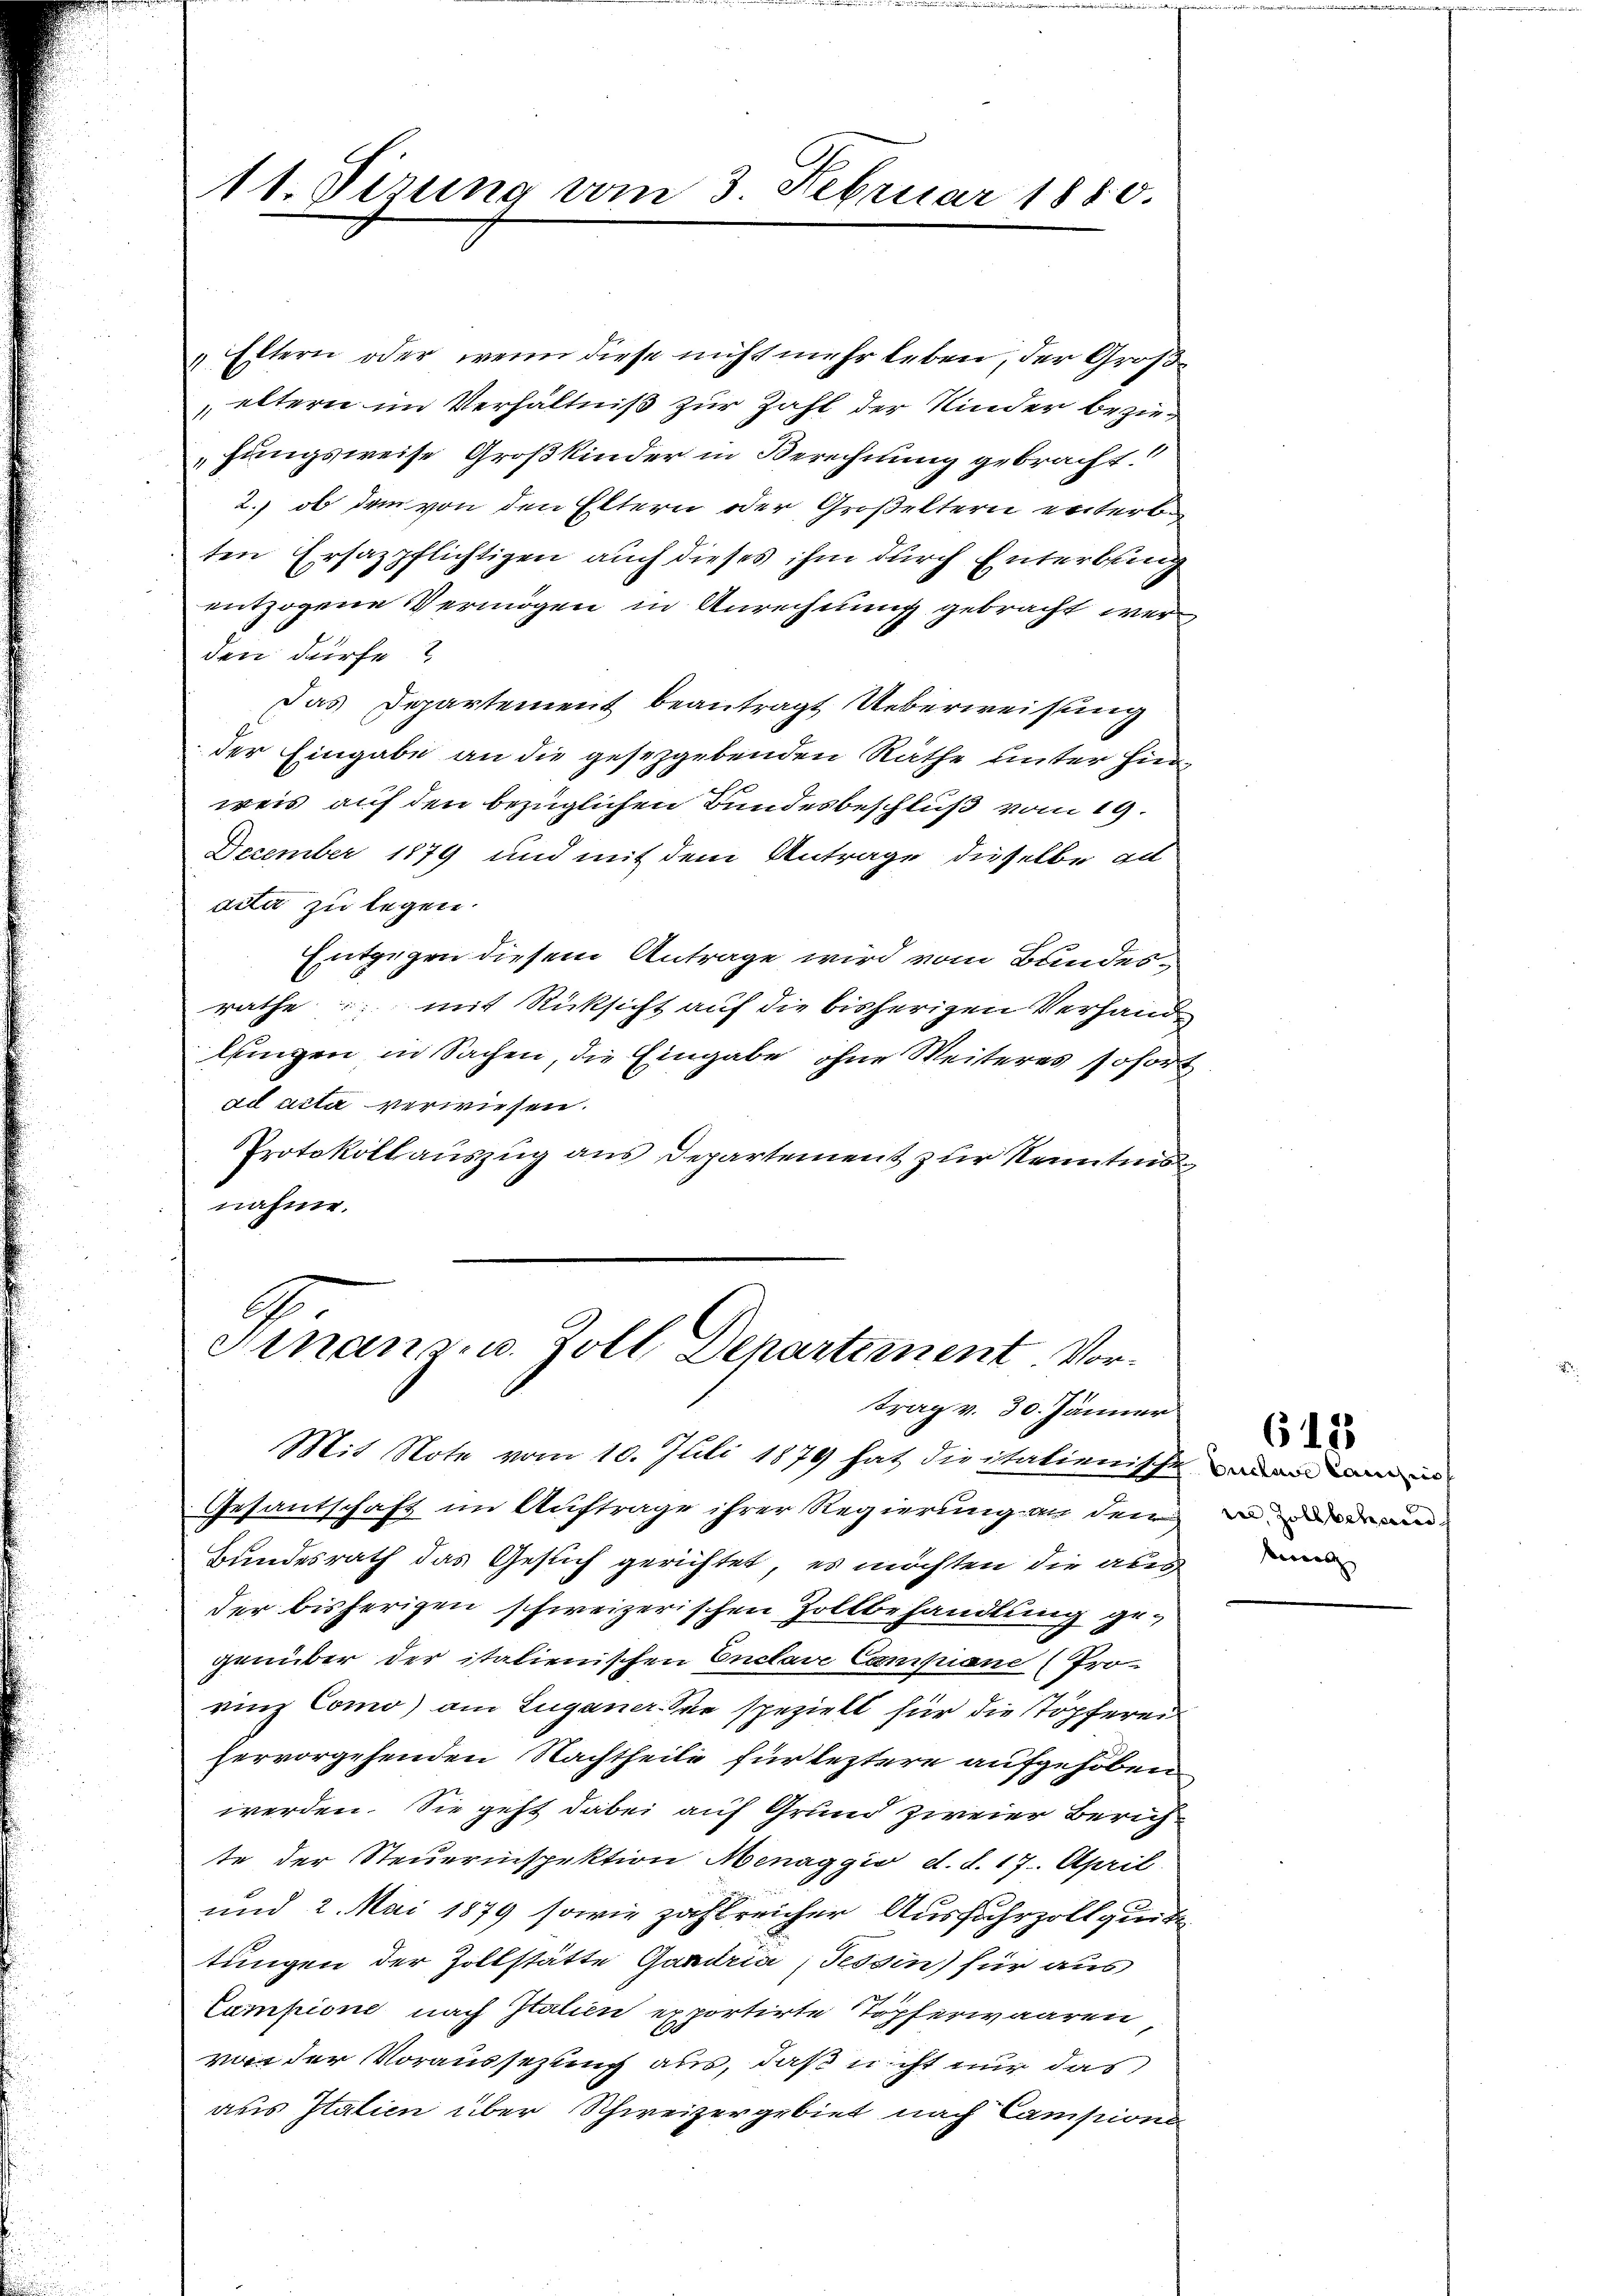
Eltern oder wenn diese nicht mehr leben, der Großeltern im Verhältniß zur Zahl der Kinder beziehungsweise Großkinder in Berechnung gebracht.
2.) ob dem von den Eltern oder Großeltern enterb
ten Ersazpflichtigen auch dieses ihm durch Enterbung
entzogene Vermögen in Anrechnung gebracht werden dürfe?
Das Departement beantragt Ueberweisung
der Eingabe an die gesetzgebenden Räthe unter Hine
weis auf den bezüglichen Bundesbeschluß vom 19.
December 1879 und mit dem Antrage dieselbe ad
acta zu legen.
Entgegen diesem Antrage wird vom Bundesräthe: mit Rücksicht auf die bisherigen Verhandlungen in Sachen, die Eingabe ohne Weiteres sofort
ad acta verwiesen.
Protokollauszug aus Departement zur Kenntma
nahme.

11. Verung vom 3. Februar 1880.

2
Finanzen. Zoll Departement Vortrag v. 30. Jänner

Mit Note vom 10. Juli 1879 hat die italienische
Gesantschaft im Auftrage ihrer Regierung an den
Bundesrath das Gesuch gerichtet, es möchten die aus
der bisherigen schweizerischen Zollbehandlung gegenüber der italienischen Enclave Campiane (Prorinz Como) am Luganer. Sie speziell für die Töpferei
hervorgehenden Nachtheile für leztere aufgehoben
werden. Sie geht dabei auf Grund zweier Zürichte der Steuerinspektion Menaggio d. d. 17. April.
und 2. Mai 1879 sowie zahlreicher Ausfuhrzollquitt
tungen der Zollstätte Gandria, Tessin) für aus
Cumpione nach Italien exportirte Töpferwaaren
vor der Voraussezung aus, daß es ist nur das
aus Italien über Schweizergebiet nach Campions

Cuclave Lanzis
i, Zollbehand
beweg

613